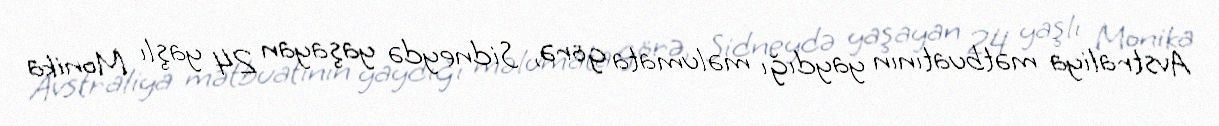
Avstraliya mətbuatının yaydığı məlumata görə, Sidneydə yaşayan 24 yaşlı Monika